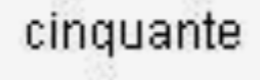
cinquante